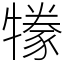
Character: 㹖